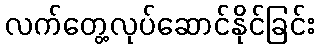
လက်တွေ့လုပ်ဆောင်နိုင်ခြင်း